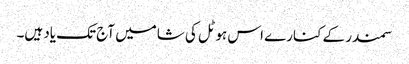
سمندر کے کنارے اس ہوٹل کی شامیں آج تک یاد ہیں۔